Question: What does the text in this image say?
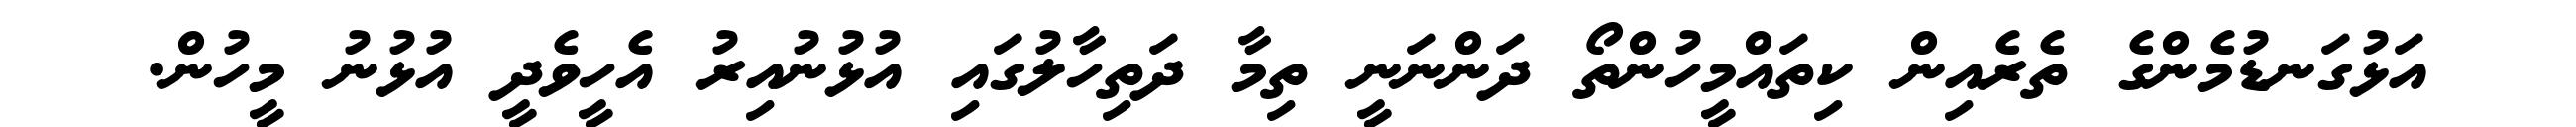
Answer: އަޅުގަނޑުމެންގެ ތެރެއިން ކިތައްމީހުންތޯ ދަންނަނީ ތިމާ ދަތިހާލުގައި އުޅުނުއިރު އެހީވެދީ އުޅުނު މީހުން.